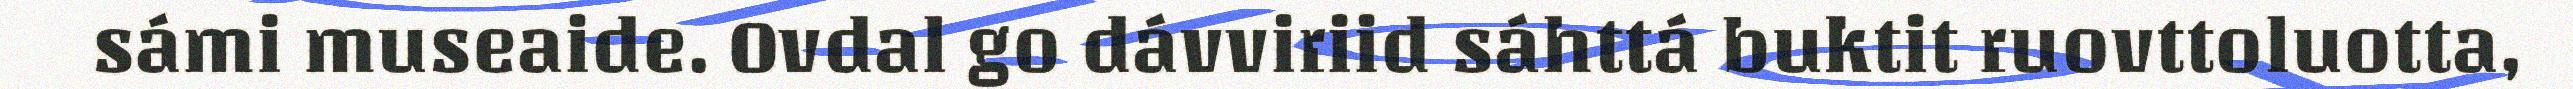
sámi museaide. Ovdal go dávviriid sáhttá buktit ruovttoluotta,